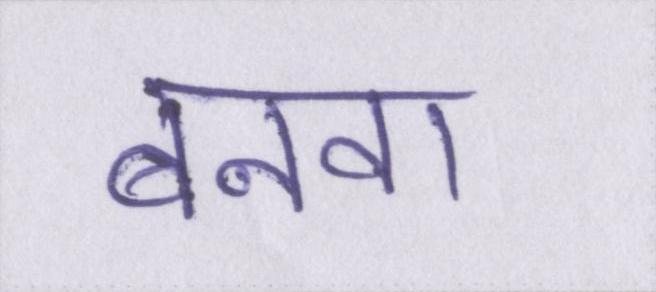
बनवा